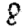
Digit: 8